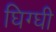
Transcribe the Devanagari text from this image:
घिग्घी